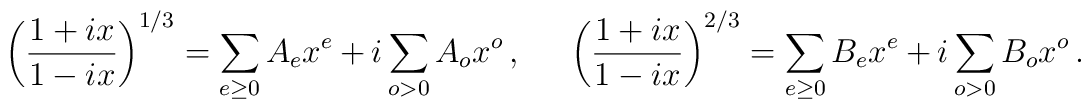
\left( \frac{1+ix}{1-ix}\right) ^{1/3}=\sum_{e\geq0}A_{e}x^{e}+i\sum_{o>0}A_{o}x^{o}\,,~~~~\left( \frac{1+ix}{1-ix}\right)^{2/3}=\sum_{e\geq 0}B_{e}x^{e}+i\sum_{o>0}B_{o}x^{o}\,.